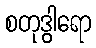
စတုဒွါရော